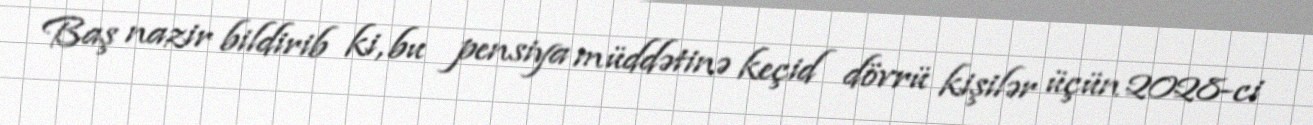
Baş nazir bildirib ki, bu pensiya müddətinə keçid dövrü kişilər üçün 2028-ci